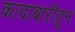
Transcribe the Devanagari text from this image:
कादाबारीतून